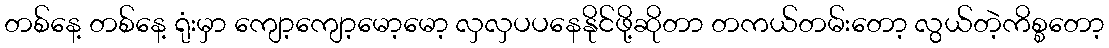
တစ်နေ့ တစ်နေ့ ရုံးမှာ ကျော့ကျော့မော့မော့ လှလှပပနေနိုင်ဖို့ဆိုတာ တကယ်တမ်းတော့ လွယ်တဲ့ကိစ္စတော့